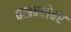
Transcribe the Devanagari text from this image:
बसबरोबर